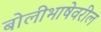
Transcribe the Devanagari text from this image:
बोलीभाषेवरील